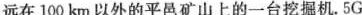
远在100km以外的平邑矿山上的一台挖掘机。5G